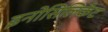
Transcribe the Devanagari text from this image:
इनोसिलिकेट